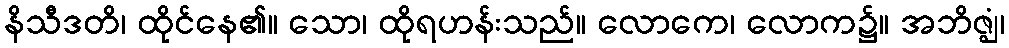
နိသီဒတိ၊ ထိုင်နေ၏။ သော၊ ထိုရဟန်းသည်။ လောကေ၊ လောက၌။ အဘိဇ္ဈံ၊